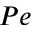
P e